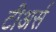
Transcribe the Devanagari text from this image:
टीअर्स